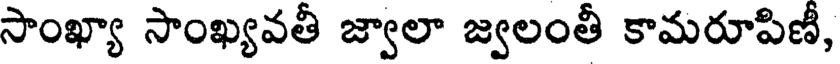
సాంఖ్యా సాంఖ్యవతీ జ్వాలా జ్వలంతీ కామరూపిణీ,